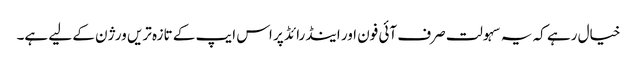
خیال رہے کہ یہ سہولت صرف آئی فون اور اینڈرائڈ پر اس ایپ کے تازہ تریں ورژن کے لیے ہے۔